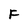
Character: F